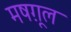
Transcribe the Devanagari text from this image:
मषग़ूल